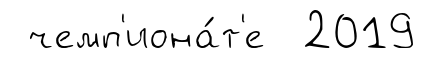
чемп'иона́т'е 2019